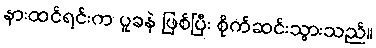
နားထင်ရင်းက ပူခနဲ ဖြစ်ပြီး စိုက်ဆင်းသွားသည်။